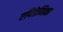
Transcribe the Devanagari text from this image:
एपिडेमिका